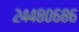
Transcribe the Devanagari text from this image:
२४४८०६८६